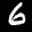
Label: 6